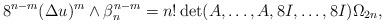
LaTeX: \begin{align*} 8^{n-m} (\Delta u)^m\wedge \beta_n ^{n-m} =n!\det (A,\dots,A,8I,\dots,8I )\Omega_{2n}, \end{align*}